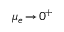
\mu _ { e } \! \to \! 0 ^ { + }